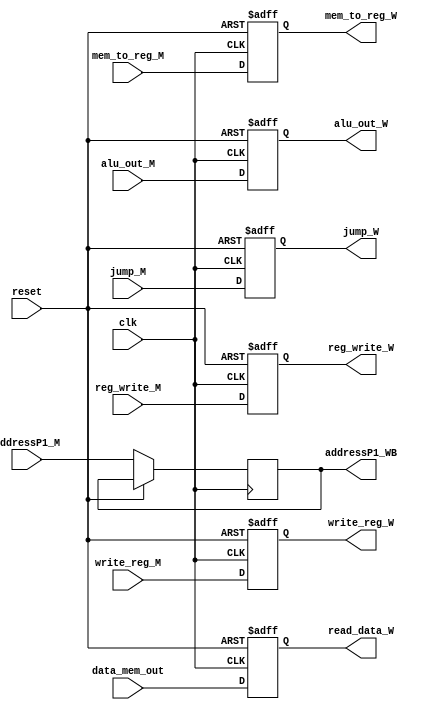
module MEM_WRITEBACK_REG
(
	input wire clk,
	input wire reset,
	input wire jump_M,
	input wire [4:0] addressP1_M,
	input wire reg_write_M,
	input wire mem_to_reg_M,
	input wire [31:0] data_mem_out,
	input wire [31:0] alu_out_M,
	input wire [4:0] write_reg_M,
	
	output reg reg_write_W,
	output reg mem_to_reg_W,
	output reg [31:0] read_data_W,
	output reg [31:0] alu_out_W,
	output reg [4:0] write_reg_W,
	output reg [4:0] addressP1_WB,
	output reg jump_W
);

	
	always@(posedge clk, posedge reset) begin
		if(reset) begin
			reg_write_W <= 1'b0; 
			mem_to_reg_W <= 1'b0;
			read_data_W <= 0;
			alu_out_W <= 0;
			write_reg_W <= 5'b0;
			jump_W <= 0;
		end
		else begin
			addressP1_WB <= addressP1_M;
			reg_write_W <= reg_write_M; 
			mem_to_reg_W <= mem_to_reg_M;
			read_data_W <= data_mem_out;
			alu_out_W <= alu_out_M;
			write_reg_W <= write_reg_M;
			jump_W <= jump_M;
		end
	end
	
endmodule